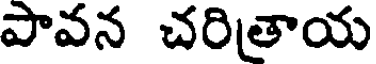
పావన చరితాయ